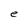
Character: e